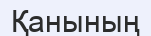
Қанының